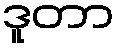
ဒူတာ